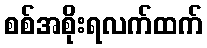
စစ်အစိုးရလက်ထက်